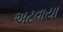
અટવાયા